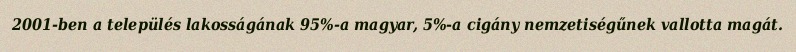
2001-ben a település lakosságának 95%-a magyar, 5%-a cigány nemzetiségűnek vallotta magát.